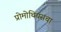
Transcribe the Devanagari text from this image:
प्रोमोथियसचा